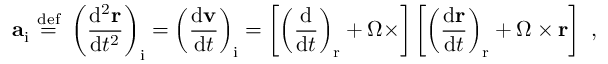
\mathbf { a } _ { \mathrm { i } } \ { \stackrel { \mathrm { d e f } } { = } } \ \left( { \frac { \mathrm { d } ^ { 2 } \mathbf { r } } { \mathrm { d } t ^ { 2 } } } \right) _ { \mathrm { i } } = \left( { \frac { \mathrm { d } \mathbf { v } } { \mathrm { d } t } } \right) _ { \mathrm { i } } = \left[ \left( { \frac { \mathrm { d } } { \mathrm { d } t } } \right) _ { \mathrm { r } } + { \boldsymbol { \Omega } } \times \right] \left[ \left( { \frac { \mathrm { d } \mathbf { r } } { \mathrm { d } t } } \right) _ { \mathrm { r } } + { \boldsymbol { \Omega } } \times \mathbf { r } \right] \ ,